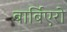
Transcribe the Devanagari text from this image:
बार्बिएरो